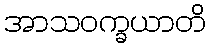
အာသဝက္ခယာတိ